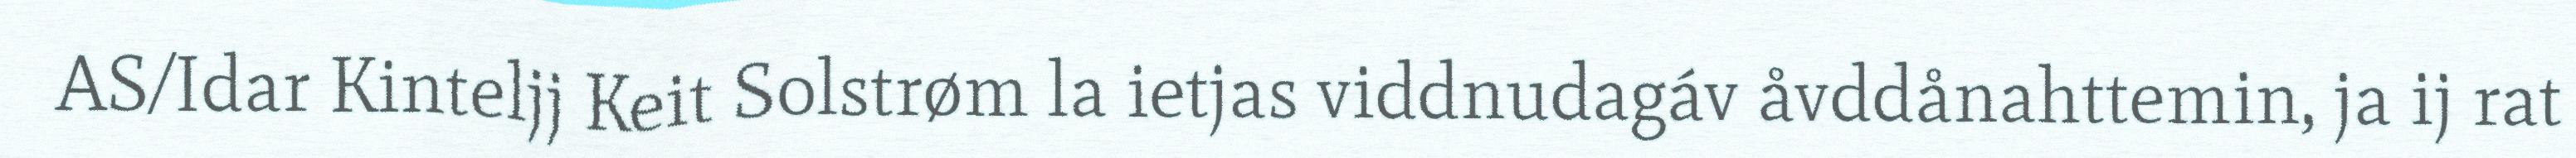
AS/Idar Kinteljj Keit Solstrøm la ietjas viddnudagáv åvddånahttemin, ja ij rat